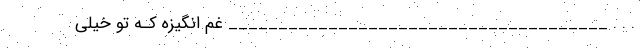
. . . ______________________________________ غم انگیزه کـه تو خیلی